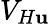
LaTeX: V_{H\mathbf{u}}